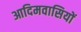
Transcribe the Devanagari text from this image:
आदिमवासियों